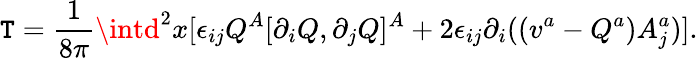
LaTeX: \mathtt{T}=\frac{{1}}{{8\pi}}\intd^{2}x[\epsilon_{ij}Q^{A}[\partial_{i}Q,\partial_{j}Q]^{A}+2\epsilon_{ij}\partial_{i}((v^{a}-Q^{a})A_{j}^{a})].